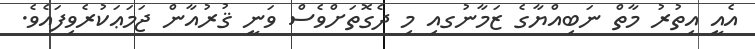
އެއީ އިތުރު މާތް ނަބިއްޔާގެ ޒަމާނުގއި މި ދެގޮތަށްވެސް ވަނީ ޤުރުއާން ޖަމަޢަކުރެވިފައެވެ.